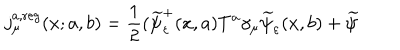
LaTeX: j _ { \mu } ^ { a , \mathrm { r e g } } ( x ; a , b ) = \frac 1 2 ( \widetilde { \psi } _ { \varepsilon } ^ { + } ( x , a ) T ^ { a } \gamma _ { \mu } \widetilde { \psi } _ { \varepsilon } ( x , b ) + \widetilde { \psi }